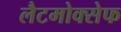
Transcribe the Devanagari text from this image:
लैटमोक्सेफ